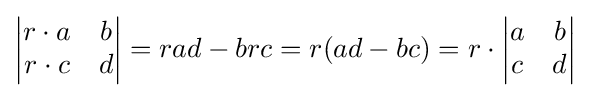
{\begin{vmatrix}r\cdot a&b\\r\cdot c&d\end{vmatrix}}=rad-brc=r(ad-bc)=r\cdot {\begin{vmatrix}a&b\\c&d\end{vmatrix}}